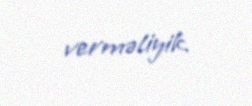
verməliyik.